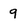
Character: 9